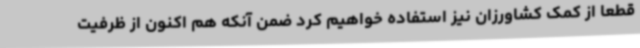
قطعا از کمک کشاورزان نیز استفاده خواهیم کرد ضمن آنکه هم اکنون از ظرفیت